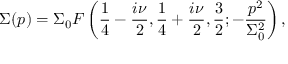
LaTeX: \Sigma ( p ) = \Sigma _ { 0 } F \left( { \frac { 1 } { 4 } } - { \frac { i \nu } { 2 } } , { \frac { 1 } { 4 } } + { \frac { i \nu } { 2 } } , { \frac { 3 } { 2 } } ; - \frac { p ^ { 2 } } { \Sigma _ { 0 } ^ { 2 } } \right) ,